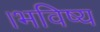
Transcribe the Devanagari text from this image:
।भविष्य